Annual report of the Punjab Veterinary College and of the Civil Veterinary Department, Punjab - 1894-1908
Year: 1894
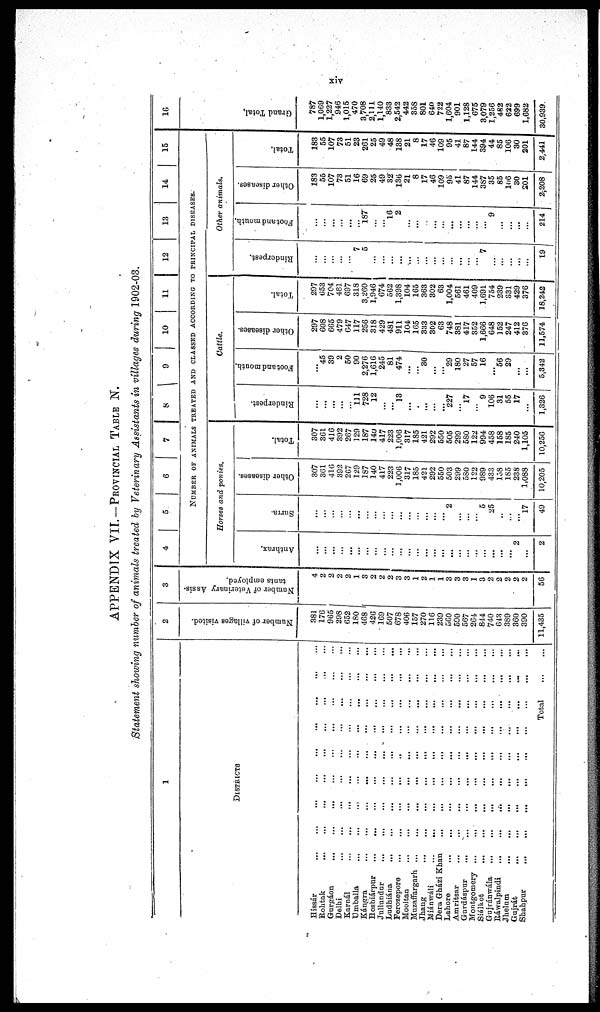
xiv
APPENDIX VII.-PROVINCIAL TABLE N.
Statement showing number of animals treated by Veterinary Assistants in villages during 1902-03.
1
DISTRICTS
Hissar ... ... ... ... ... ... ... ... ...
Rohtak ... ... ... ... ... ... ... ... ...
Gurgáon ... ... ... ... ... ... ... ... ...
Delhi ... ... ... ... ... ... ... ... ...
Karnál ... ... ... ... ... ... ... ... ...
Umballa ... ... ... ... ... ... ... ... ...
Kángra ... ... ... ... ... ... ... ... ...
Hoshiárpur ... ... ... ... ... ... ... ... ...
Jullundur ... ... ... ... ... ... ... ... ...
Ludhiána ... ... ... ... ... ... ... ... ...
Ferozepore ... ... ... ... ... ... ... ... ...
Mooltan ... ... ... ... ... ... ... ... ...
Muzaffargarh ... ... ... ... ... ... ... ... ...
Jhang ... ... ... ... ... ... ... ... ...
Wiánwáli ... ... ... ... ... ... ... ... ...
Dera Gházi Khan ... ... ... ... ... ... ... ... ...
Lahore ... ... ... ... ... ... ... ... ...
Amritsar ... ... ... ... ... ... ... ... ...
Gardáspur ... ... ... ... ... ... ... ... ...
Montgomery ... ... ... ... ... ... ... ... ...
Siálkot ... ... ... ... ... ... ... ... ...
Gujránwála ... ... ... ... ... ... ... ... ...
Ráwalpindi ... ... ... ... ... ... ... ... ...
Jhelum ... ... ... ... ... ... ... ... ...
Gujrát ... ... ... ... ... ... ... ... ...
Shahpur ... ... ... ... ... ... ... ... ...
Total ... ...
2
Number of villages visited.
381
176
965
298
652
180
468
426
169
507
678
406
157
270
116
239
560
590
567
264
844
740
643
389
360
390
11,435
3
Number
of Veterinary Assis-
tants employed.
4
2
2
2
2
1
3
2
2
2
3
3
1
2
1
1
3
3
3
1
3
2
2
2
2
2
56
4
5
6
7 8 9 10 11 12 13 14 15
NUMBER OF ANIMALS TREATED AND CLASSED ACCORDING TO PRINCIPAL DISEASES.
Horses and ponies.
Anthrax.
…
…
…
…
…
…
...
...
…
…
…
…
...
...
…
...
…
…
...
…
...
...
...
...
2
...
2
Surra.
…
...
…
…
…
...
…
…
…
...
...
…
…
…
…
…
2
...
…
…
5
25
..
...
...
17
49
Other diseases.
307
361
416
392
267
129
187
140
417
223
1,006
317
185
421
292
550
503
299
580
122
989
433
158
165
238
1,088
10,205
Total.
307
361
416
392
267
129
187
140
417
223
1,006
317
185
421
292
550
505
299
580
122
994
458
158
185
240
1,105
10,256
Cattle.
Rinderpest.
…
…
…
…
…
111
728
12
…
…
13
…
…
...
…
…
227
...
17
…
9
106
31
55
17
…
1,326
Foot and mouth.
…
45
39
2
50
90
2,276
1,616
245
81
474
...
...
30
…
...
29
180
27
57
16
…
56
29
...
...
5,342
Other diseases.
297
608
665
479
647
117
256
318
429
481
911
104
165
333
302
63
748
381
417
352
1,666
648
152
247
412
376
11,574
Total.
297
653
704
481
697
318
3,260
1,946
674
562
1,398
104
165
363
302
63
1,004
561
461
409
1,691
754
239
331
429
376
18,242
Other animals.
Rinderpest.
…
…
…
…
…
7
5
...
...
…
...
…
…
…
…
...
…
…
…
...
7
…
...
…
...
…
19
Foot and mouth.
…
...
…
...
...
…
187
...
...
16
2
...
...
…
…
...
…
…
...
...
...
9
...
…
...
…
214
Other diseases.
183
55
107
73
51
16
69
25
49
32
136
21
8
17
46
109
95
41
87
144
387
35
85
106
30
201
2,208
Total.
183
55
107
73
51
23
261
25
49
48
138
21
8
17
46
109
95
41
87
144
394
44
85
106
30
201
2,441
16
Gr and Tot al .
787
1,069
1,227
946
1,015
470
3,708
2,111
1,140
833
2,542
442
358
801
640
722
1,604
901
1,128
675
3,079
1,256
482
622
699
1,682
30,939